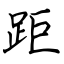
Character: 距